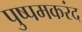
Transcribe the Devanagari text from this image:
पुष्पमकरंद